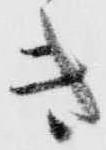
き